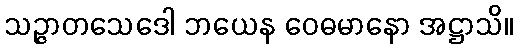
သဉ္ဇာတသေဒေါ ဘယေန ဝေဓမာနော အဋ္ဌာသိ။